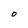
Character: O